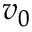
v _ { 0 }